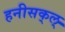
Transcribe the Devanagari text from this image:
हनीसक्‌ल्‌